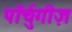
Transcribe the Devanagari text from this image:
पॉर्चुगीज़